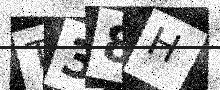
Text: T38H